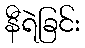
နီရဲခြင်း